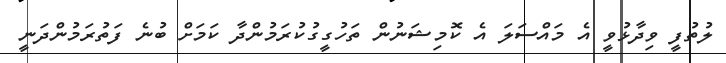
ލުތުފީ ވިދާޅުވީ އެ މައްސަލަ އެ ކޮމިޝަނުން ތަހުގީގުކުރަމުންދާ ކަމަށް ބުނެ ފަތުރަމުންދަނީ